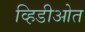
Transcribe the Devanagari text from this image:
व्हिडीओत